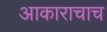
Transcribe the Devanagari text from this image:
आकाराचाच